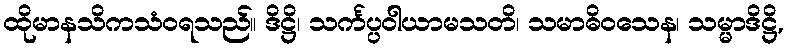
ထိုမာနသိကသံဝရသည်။ ဒိဋ္ဌိ၊ သင်္ကပ္ပဝါယာမသတိ၊ သမာဓိဝသေန၊ သမ္မာဒိဋ္ဌိ,